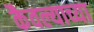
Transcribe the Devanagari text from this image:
कैवल्याच्या